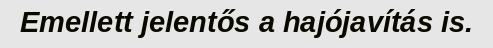
Emellett jelentős a hajójavítás is.